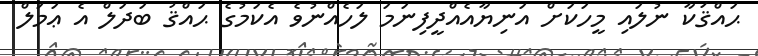
ޙައްޤަކާ ނުލައި މީހަކަށް އަނިޔާއެއްދީފިނަމަ ލަހެއްނުވެ އެކަމުގެ ޙައްޤު ބަދަލް އެ ޢަމަލް